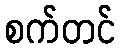
စက်တင်